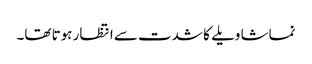
نماشا ویلے کا شدت سے انتظار ہوتا تھا۔